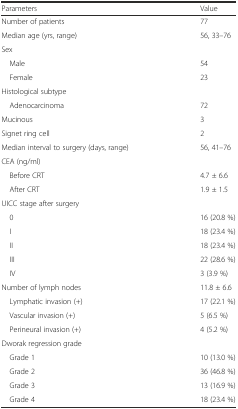
| Parameters | Value |
 | --- | --- |
 | Number of patients | 77 |
 | Median age (yrs, range) | 56, 33–76 |
 | <COLSPAN=2> Sex |
 | Male | 54 |
 | Female | 23 |
 | <COLSPAN=2> Histological subtype |
 | Adenocarcinoma | 72 |
 | Mucinous | 3 |
 | Signet ring cell | 2 |
 | Median interval to surgery (days, range) | 56, 41–76 |
 | <COLSPAN=2> CEA (ng/ml) |
 | Before CRT | 4.7 ± 6.6 |
 | After CRT | 1.9 ± 1.5 |
 | <COLSPAN=2> UICC stage after surgery |
 | 0 | 16 (20.8 %) |
 | I | 18 (23.4 %) |
 | II | 18 (23.4 %) |
 | III | 22 (28.6 %) |
 | IV | 3 (3.9 %) |
 | Number of lymph nodes | 11.8 ± 6.6 |
 | Lymphatic invasion (+) | 17 (22.1 %) |
 | Vascular invasion (+) | 5 (6.5 %) |
 | Perineural invasion (+) | 4 (5.2 %) |
 | <COLSPAN=2> Dworak regression grade |
 | Grade 1 | 10 (13.0 %) |
 | Grade 2 | 36 (46.8 %) |
 | Grade 3 | 13 (16.9 %) |
 | Grade 4 | 18 (23.4 %) |